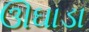
ઊઘાડા